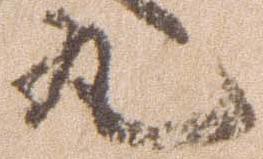
丸